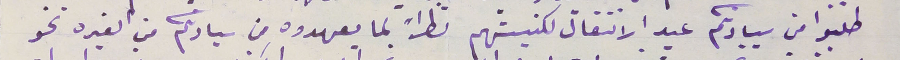
طلبوا من سيادتكم عيد الانتقال لكنيستهم نظراً بما يعهدوه من سيادتكم من الغيره نحو